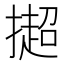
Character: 𢵒